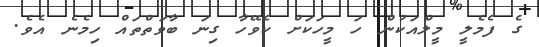
ގެ ފެމެލީ މީލްއަކުން ހަ މީހަކަށް ކެވޭހާ ގިނަ ބާވަތްތައް ހިމެނެ އެވެ.